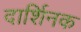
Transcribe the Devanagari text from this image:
दार्शिनक